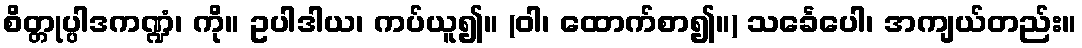
စိတ္တုပ္ပါဒကဏ္ဍံ၊ ကို။ ဥပါဒါယ၊ ကပ်ယူ၍။ (ဝါ၊ ထောက်စာ၍။) သင်္ခေပေါ၊ အကျယ်တည်း။